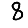
Digit: 8